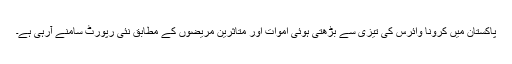
پاکستان میں کرونا وائرس کی تیزی سے بڑھتی ہوئی اموات اور متاثرین مریضوں کے مطابق نئی رپورٹ سامنے آرہی ہے۔